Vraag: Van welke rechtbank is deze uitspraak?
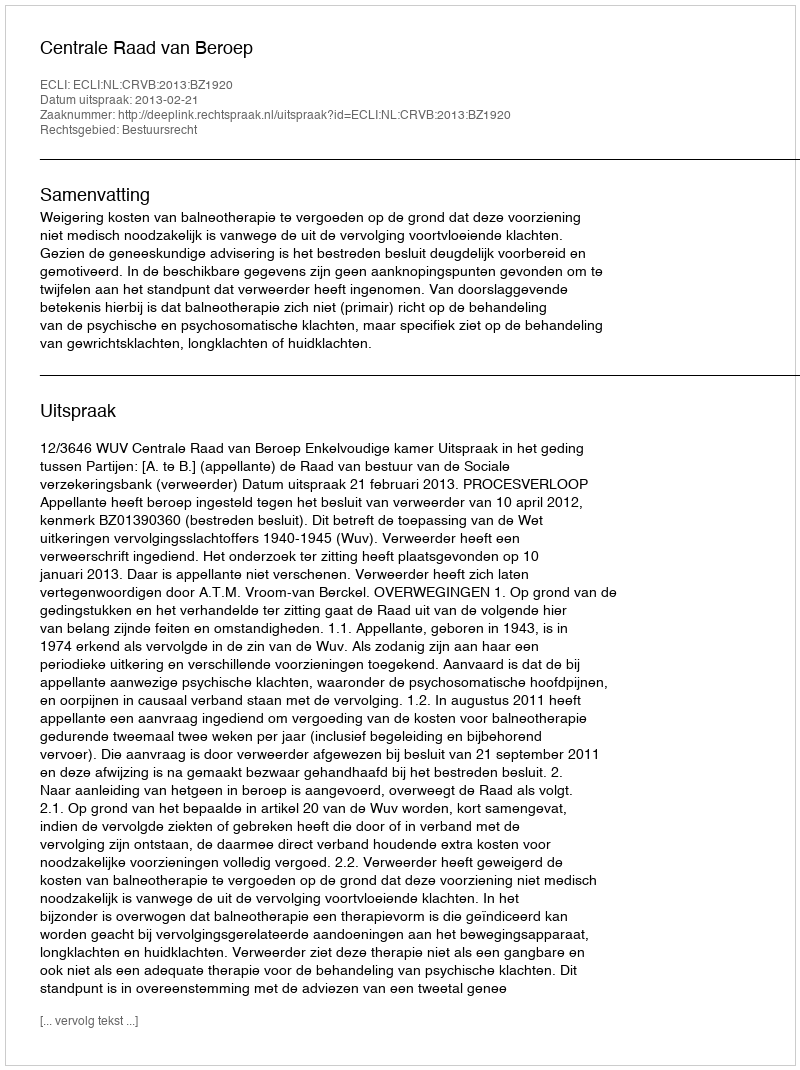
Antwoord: Centrale Raad van Beroep